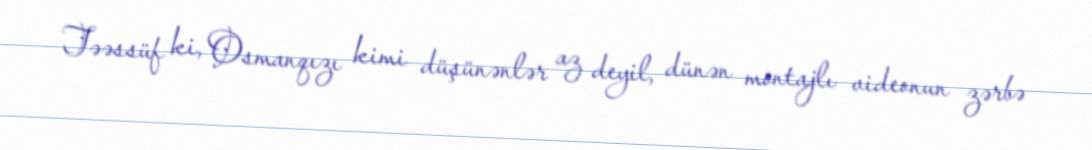
Təəssüf ki, Osmanqızı kimi düşünənlər az deyil, dünən montajlı videonun zərbə